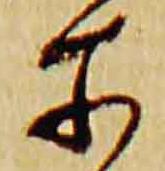
所